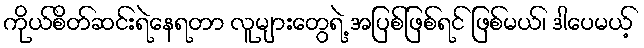
ကိုယ်စိတ်ဆင်းရဲနေရတာ လူများတွေရဲ့ အပြစ်ဖြစ်ရင် ဖြစ်မယ်၊ ဒါပေမယ့်